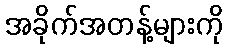
အခိုက်အတန့်များကို